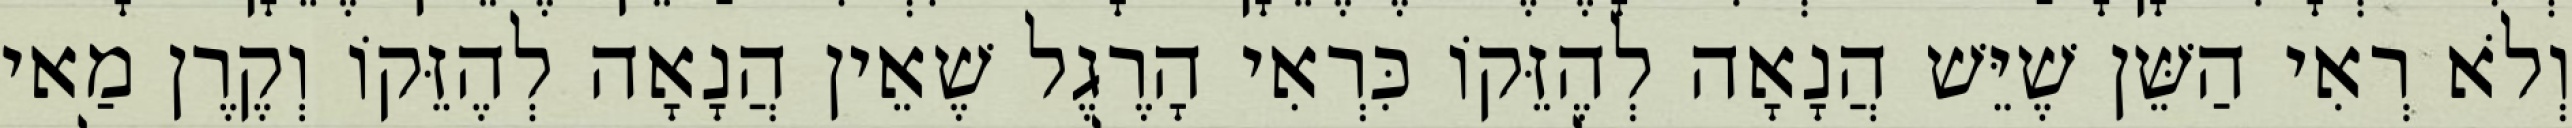
וְלֹא רְאִי הַשֵּׁן שֶׁיֵּשׁ הֲנָאָה לְהֶזֵּקוֹ כִּרְאִי הָרֶגֶל שֶׁאֵין הֲנָאָה לְהֶזֵּקוֹ וְקֶרֶן מַאי